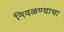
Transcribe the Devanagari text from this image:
निवळण्याचा